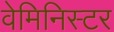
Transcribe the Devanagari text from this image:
वेमिनिस्टर